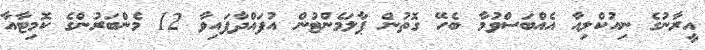
އީރާނުގެ ނިއުކްލިއާ އެއްބަސްވުމާ ބެހޭ ގޮތުން ޕާލަމެންޓުން އުފައްދާފައިވާ 12 މެންބަރުންގެ ކޮމިޓާއާ